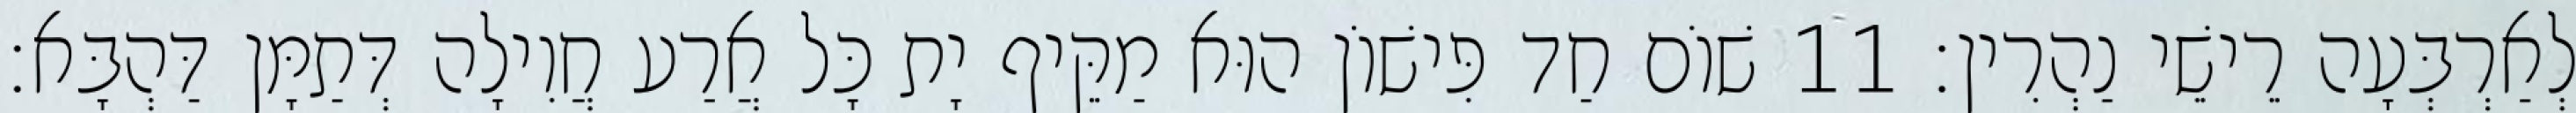
לְאַרְבְּעָה רֵישֵׁי נַהְרִין׃ 11 שׁוֹם חַד פִּישׁוֹן הוּא מַקֵּיף יָת כָּל אֲרַע חֲוִילָה דְּתַמָּן דַּהְבָּא׃